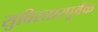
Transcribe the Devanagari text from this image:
सुविस्तारपूर्वक